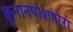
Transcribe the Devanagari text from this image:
कुनानपोशपोरा